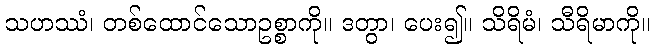
သဟဿံ၊ တစ်ထောင်သောဥစ္စာကို။ ဒတွာ၊ ပေး၍။ သိရိမံ၊ သီရိမာကို။